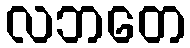
လဘတေ